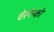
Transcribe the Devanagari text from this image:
चेरनेन्को